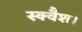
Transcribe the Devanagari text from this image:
स्क्वैश।